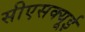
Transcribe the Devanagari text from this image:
सीएसक्यूई